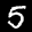
Label: 5